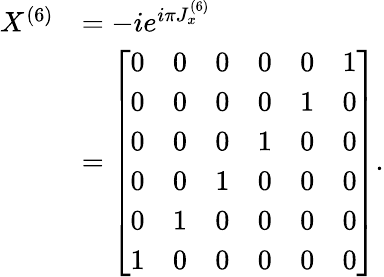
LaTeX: \begin{array}{rl}{X^{(6)}}&{=-ie^{i\pi J_{x}^{(6)}}}\\ &{=\left[\begin{array}{llllll}{0}&{0}&{0}&{0}&{0}&{1}\\ {0}&{0}&{0}&{0}&{1}&{0}\\ {0}&{0}&{0}&{1}&{0}&{0}\\ {0}&{0}&{1}&{0}&{0}&{0}\\ {0}&{1}&{0}&{0}&{0}&{0}\\ {1}&{0}&{0}&{0}&{0}&{0}\end{array}\right].}\end{array}